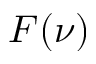
F ( \nu )